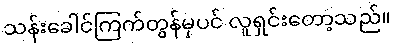
သန်းခေါင်ကြက်တွန်မှပင် လူရှင်းတော့သည်။